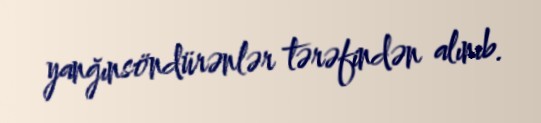
yanğınsöndürənlər tərəfindən alınıb.